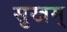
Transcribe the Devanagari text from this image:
सुखम्